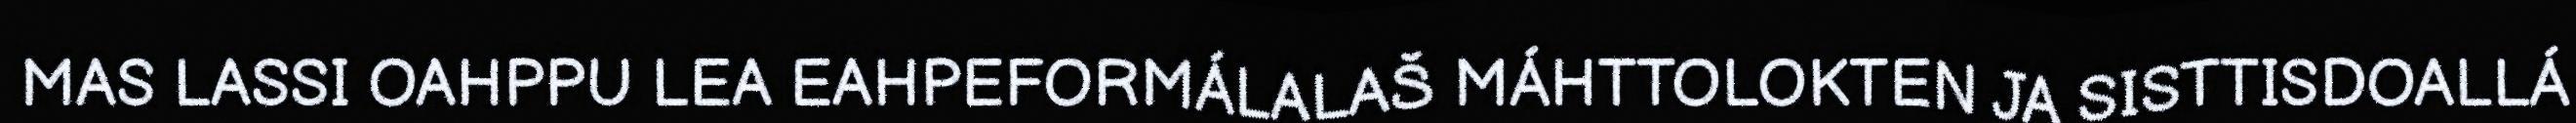
MAS LASSI OAHPPU LEA EAHPEFORMÁLALAŠ MÁHTTOLOKTEN JA SISTTISDOALLÁ